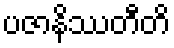
ပဇာနိဿတီတိ